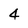
Character: 4